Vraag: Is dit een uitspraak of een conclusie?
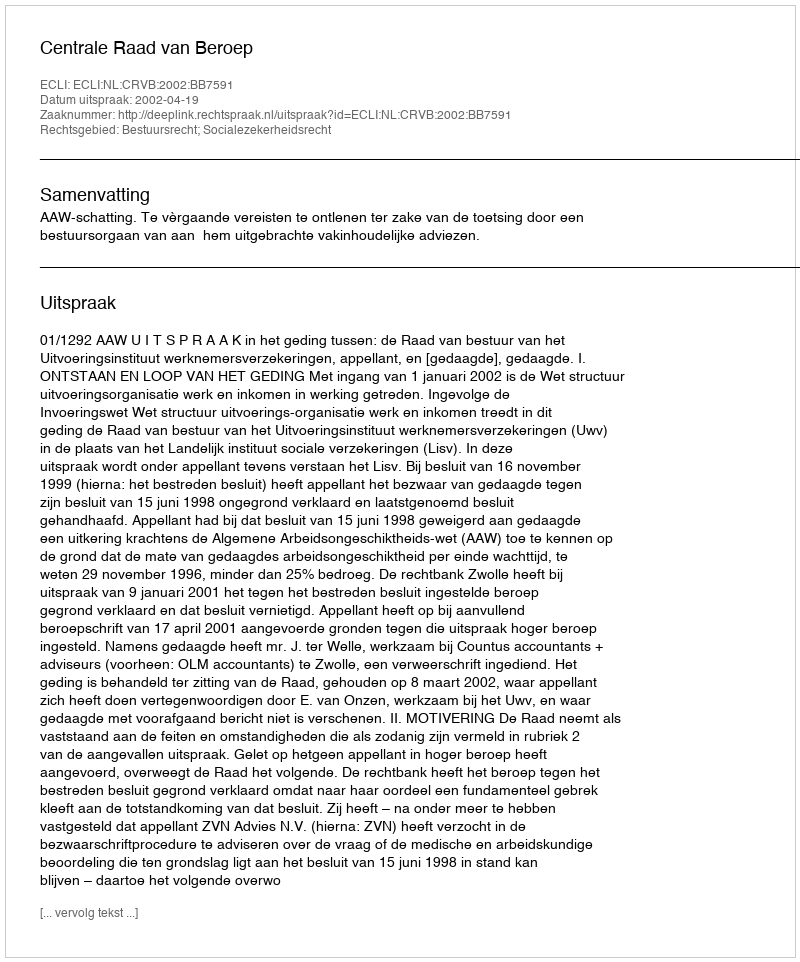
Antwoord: Uitspraak